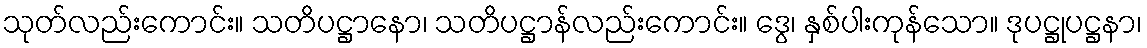
သုတ်လည်းကောင်း။ သတိပဋ္ဌာနော၊ သတိပဋ္ဌာန်လည်းကောင်း။ ဒွေ၊ နှစ်ပါးကုန်သော။ ဒုပဋ္ဌုပဋ္ဌနာ၊